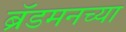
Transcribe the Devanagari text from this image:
ब्रॅडमनच्या